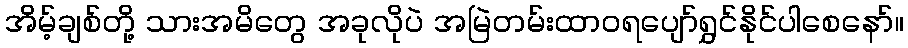
အိမ့်ချစ်တို့ သားအမိတွေ အခုလိုပဲ အမြဲတမ်းထာဝရပျော်ရွှင်နိုင်ပါစေနော်။